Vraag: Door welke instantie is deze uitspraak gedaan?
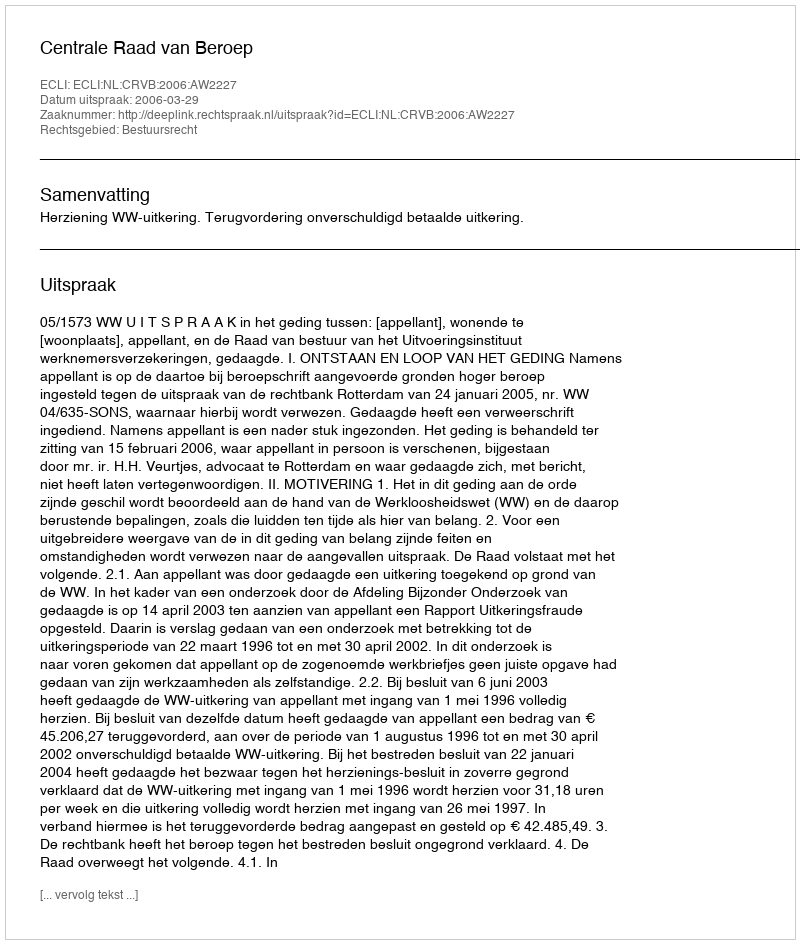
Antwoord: Centrale Raad van Beroep